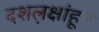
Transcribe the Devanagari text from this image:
दशल़क्षांहून